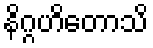
နိဂ္ဂဟိတောသိ